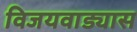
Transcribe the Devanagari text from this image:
विजयवाड्यास